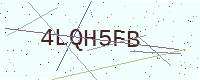
Text: 4LQH5FB